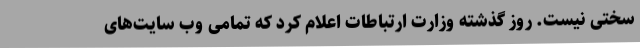
سختی نیست. روز گذشته وزارت ارتباطات اعلام کرد که تمامی وب سایت‌های